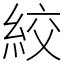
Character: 絞